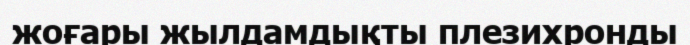
жоғары жылдамдықты плезихронды